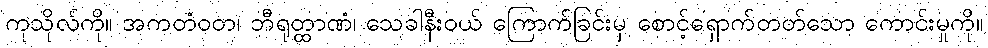
ကုသိုလ်ကို။ အကတံဝတ၊ ဘီရုတ္ထာဏံ၊ သေခါနီးဝယ် ကြောက်ခြင်းမှ စောင့်ရှောက်တတ်သော ကောင်းမှုကို။